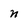
Character: n